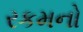
રકમનો